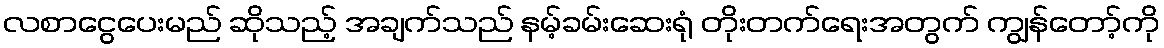
လစာငွေပေးမည် ဆိုသည့် အချက်သည် နမ့်ခမ်းဆေးရုံ တိုးတက်ရေးအတွက် ကျွန်တော့်ကို